Vaccination report Assam 1896-1927 - 1896-1927
Year: 1896
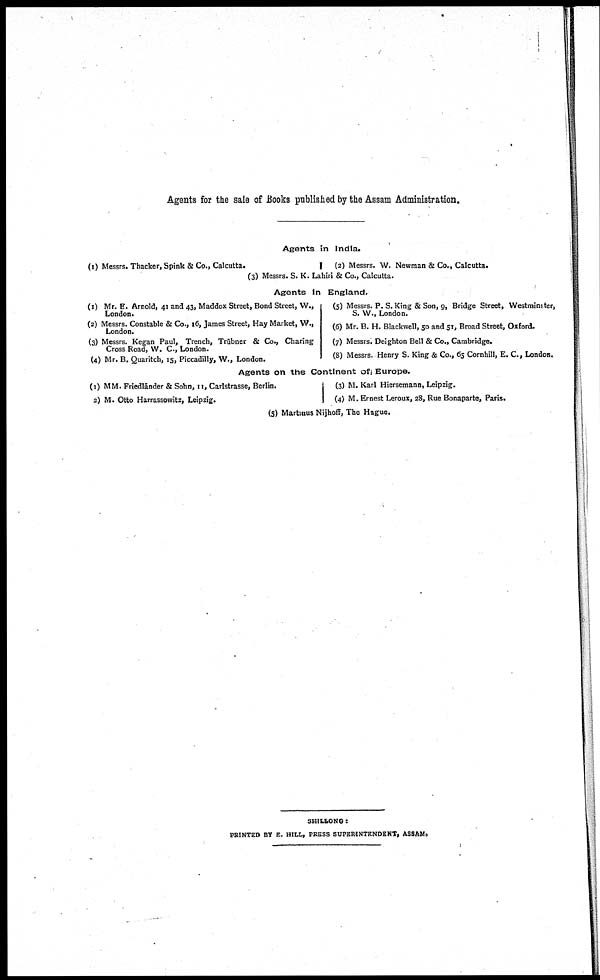
Agents for the sale of Books published by the Assam Administration.
Agents in India.
(1) Messrs. Thacker, Spink & Co., Calcutta.
(2) Messrs. W. Newman & Co., Calcutta.
(3) Messrs. S. K. Lahiri & Co., Calcutta.
Agents In England.
(1) Mr. E. Arnold, 41 and 43, Maddox Street, Bond Street, W.,
London.
(2) Messrs. Constable & Co., 16, James Street, Hay Market, W.,
London.
(3) Messrs. Kegan Paul, Trench, Trübner & Co., Charing
Cross Road, W. C., London.
(4) Mr. B. Quaritch, 15, Piccadilly, W., London.
(5) Messrs. P. S. King & Son, 9, Bridge Street, Westminster,
S. W., London.
(6) Mr. B. H. Blackwell, 50 and 51, Broad Street, Oxford.
(7) Messrs. Deighton Bell & Co., Cambridge.
(8) Messrs. Henry S. King & Co., 65 Cornhill, E. C., London.
Agents on the Continent of Europe.
(1) MM. Friedländer & Sohn, 11, Carlstrasse, Berlin.
2) M. Otto Harrassowitz, Leipzig.
(3) M. Karl Hiersemann, Leipzig.
(4) M. Ernest Leroux, 28, Rue Bonaparte, Paris.
(5) Martinus Nijhoff, The Hague.
SHILLONG:
PRINTED BY E. HILL, PRESS SUPERINTENDENT, ASSAM.